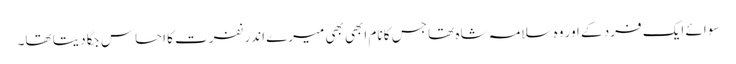
سوائے ایک فرد کے اور وہ سلامہ شاہ تھا جس کا نام ابھی بھی میرے اندر نفرت کا احساس جگا دیتا تھا۔